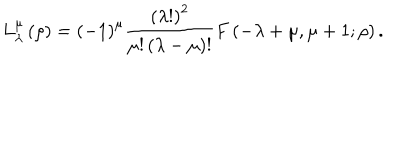
L _ { \lambda } ^ { \mu } \left( \rho \right) = \left( - 1 \right) ^ { \mu } \frac { \left( \lambda ! \right) ^ { 2 } } { \mu ! \left( \lambda - \mu \right) ! } F \left( - \lambda + \mu , \mu + 1 ; \rho \right) .